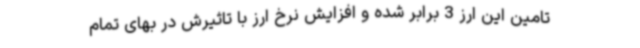
تامین این ارز 3 برابر شده و افزایش نرخ ارز با تاثیرش در بهای تمام